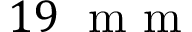
1 9 \; \mathrm { ~ m ~ m ~ }